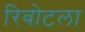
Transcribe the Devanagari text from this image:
रिबोटला